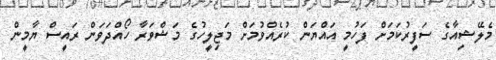
މެލޭޝިއާގެ ސަފީރުކަމަށް ފަހުމީ އައްޔަން ކުރެއްވުމަށް މަޖިލީހުގެ މަޝްވަރާ ހޯއްދަވަން ރައީސް ޔާމީން